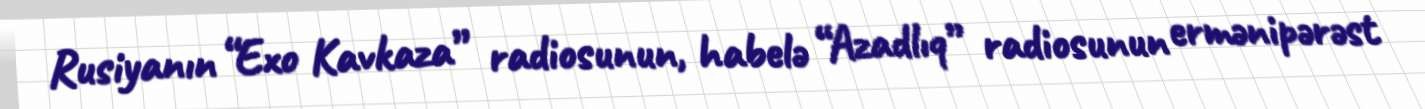
Rusiyanın “Exo Kavkaza” radiosunun, habelə “Azadlıq” radiosunun ermənipərəst